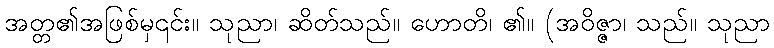
အတ္တ၏အဖြစ်မှ၎င်း။ သုညာ၊ ဆိတ်သည်။ ဟောတိ၊ ၏။ (အဝိဇ္ဇာ၊ သည်။ သုညာ